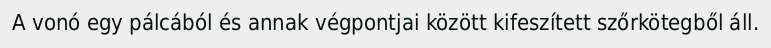
A vonó egy pálcából és annak végpontjai között kifeszített szőrkötegből áll.